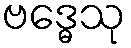
ဗဒ္ဓေသု